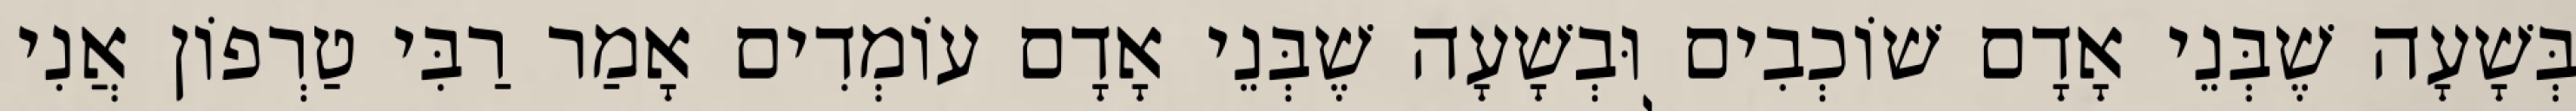
בְּשָׁעָה שֶׁבְּנֵי אָדָם שׁוֹכְבִים וּבְשָׁעָה שֶׁבְּנֵי אָדָם עוֹמְדִים אָמַר רַבִּי טַרְפוֹן אֲנִי